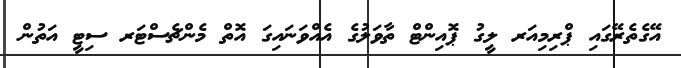
އޭގެތެރޭގައި ޕްރިމިއަރ ލީގު ޕޮއިންޓް ތާވަލުގެ އެއްވަނައިގަ އޮތް މެންޗެސްޓަރ ސިޓީ އަތުން